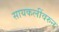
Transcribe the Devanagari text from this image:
सायकलींवरुन